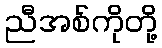
ညီအစ်ကိုတို့